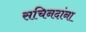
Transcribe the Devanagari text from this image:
सचिनदांना